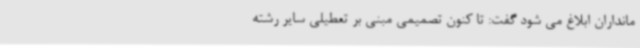
مانداران ابلاغ می شود گفت: تا کنون تصمیمی مبنی بر تعطیلی سایر رشته